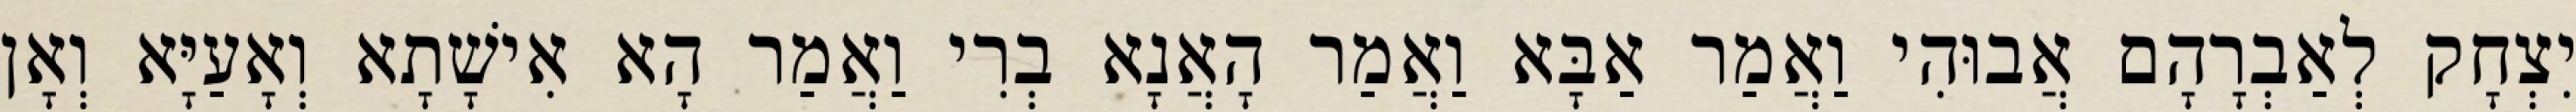
יִצְחָק לְאַבְרָהָם אֲבוּהִי וַאֲמַר אַבָּא וַאֲמַר הָאֲנָא בְרִי וַאֲמַר הָא אִישָׁתָא וְאָעַיָּא וְאָן